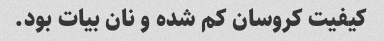
کیفیت کروسان کم شده و نان بیات بود.